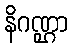
နိဂဏ္ဌာ